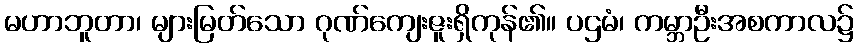
မဟာဘူတာ၊ များမြတ်သော ဂုဏ်ကျေးဇူးရှိကုန်၏။ ပဌမံ၊ ကမ္ဘာဦးအစကာလ၌